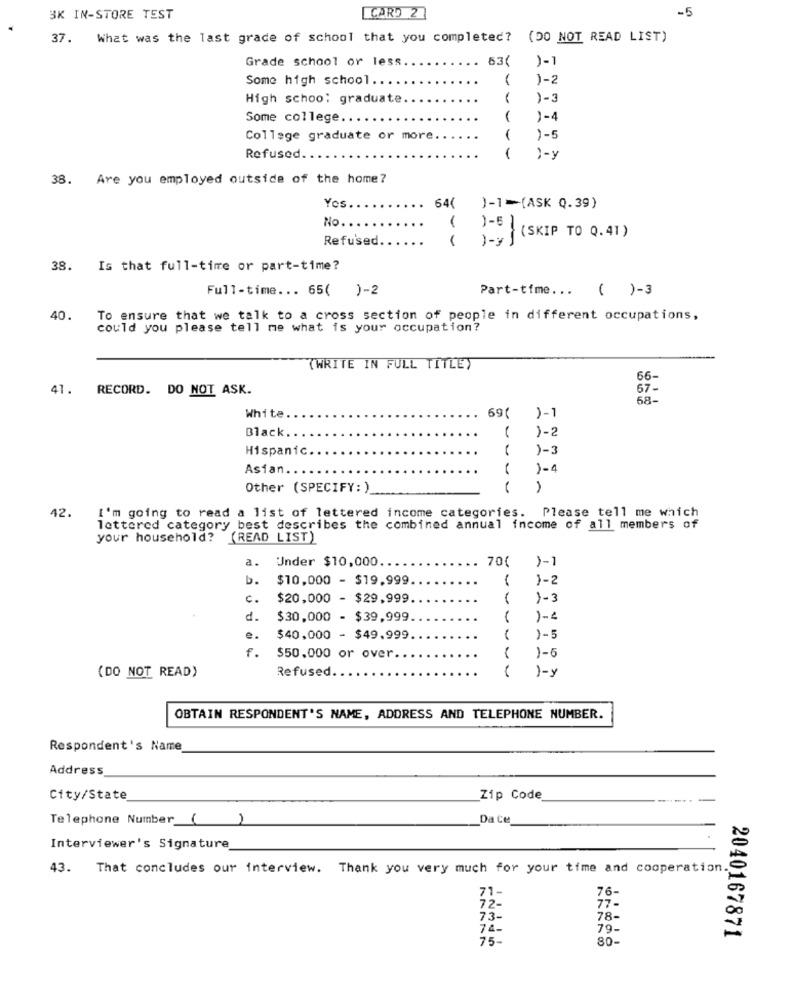
CARD 2
-5
3K IN-STORE TEST
37.
What was the last grade of school that you completed? (DO NOT READ LIST)
Grade school or less
63(
)-1
Some high school.
)-2
High schoo: graduate.
)-3
Some college
1
)-4
College graduate or more ..
..
)-5
Refused.
)-y
38. Are you employed outside of the home?
Yes
64(
)-1-(ASK Q.39)
No.
-
1-6 1
Refused
)- (SKIP TO 0.41)
38. Is that full-time or part-time?
Full-time ... 65( )-2
Part-time ... ( )-3
40.
To ensure that we talk to a cross section of people in different occupations,
could you please tell me what is your occupation?
(WRITE IN FULL TITLE)
66-
41. RECORD. DO NOT ASK.
67-
58-
69(
White.
)-1
Black.
1-2
Hispanic
)-3
Asian ...
1-4
Other (SPECIFY: )
A
42.
I'm going to read a list of lettered income categories. Please tell me which
lettered category best describes the combined annual income of all members of
your household? (READ LIST)
a.
Under $10,000
70{
1-1
b.
$10,000 - $19,999
-
1-2
c.
$20,000 - $29,999
d.
$30,000 - $39,999
1-2
e.
$40,000 - $49,999
)-5
f.
$50,000 or over.
1-5
Refused.
1-y
(DO NOT READ)
OBTAIN RESPONDENT'S NAME, ADDRESS AND TELEPHONE NUMBER.
Respondent's Name
Address
City/State
Zip Code
Telephone Number ()
Da Ce
Interviewer's Signature
43. That concludes our interview. Thank you very much for your time and cooperation.
71
76-
72-
77 -
73-
78-
74-
79.
75-
80-
2040167871